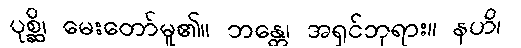
ပုစ္ဆိ၊ မေးတော်မူ၏။ ဘန္တေ၊ အရှင်ဘုရား။ နဟိ၊